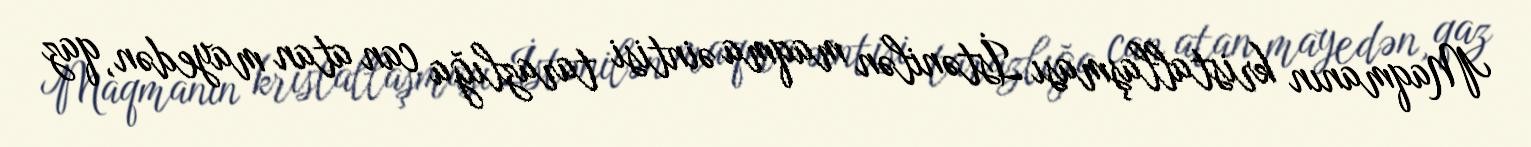
Maqmanın kristallaşması İstənilən maqma əintisi tarazlığa can atan mayedən, qaz